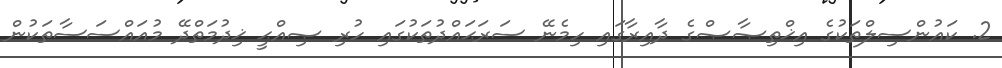
2. ކައުންސިލްތަކުގެ އިޚްތިޞާޞްގެ ދާއިރާގައި ހިމެނޭ ސަރަޙައްދުތަކުގައި ހުރި ޞިއްޙީ ޚިދުމަތްދޭ މުއައްސަސާތަކުން